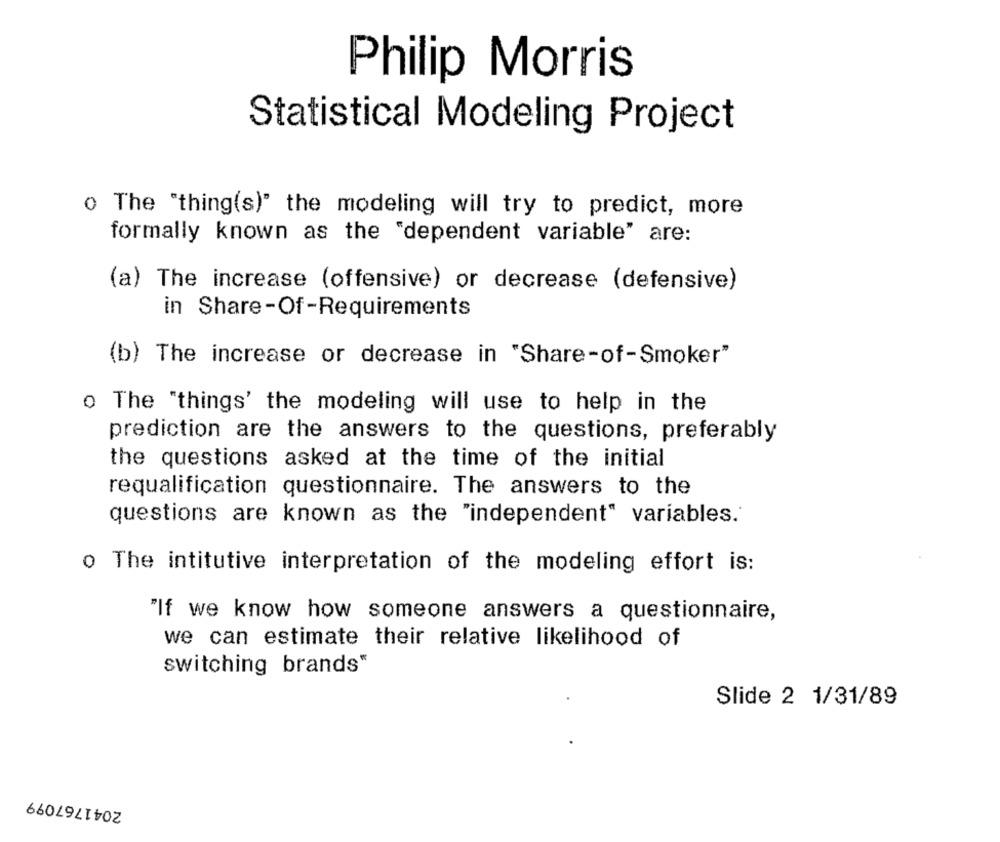
Philip Morris
Statistical Modeling Project
o The "thing(s)" the modeling will try to predict, more
formally known as the "dependent variable" are:
(a) The increase (offensive) or decrease (defensive)
in Share-Of-Requirements
(b) The increase or decrease in "Share-of-Smoker"
o The "things' the modeling will use to help in the
prediction are the answers to the questions, preferably
the questions asked at the time of the initial
requalification questionnaire. The answers to the
questions are known as the "independent" variables.
o The intitutive interpretation of the modeling effort is:
"If we know how someone answers a questionnaire,
we can estimate their relative likelihood of
switching brands"
Slide 2 1/31/89
2041767099